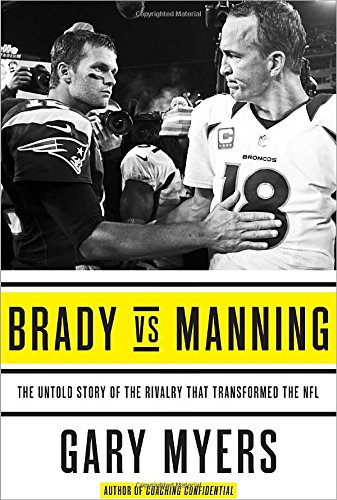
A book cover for Brady vs Manning: The Untold Story of the Rivalry That Transformed the NFL; Gary Myers; Biographies & Memoirs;